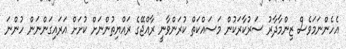
އެހެންނަމަވެސް ޒިންމާދާރު ސަރުކާރަކުން މަސައްކަތް ކުރަންވާނީ ރާއްޖޭގެ ރައްޔިތުންނަށް ކުށަށް އަރައިގަންނަން ހުންނަ